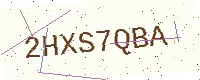
Text: 2HXS7QBA